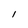
Character: l